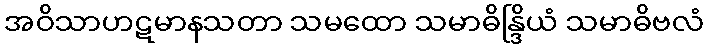
အဝိသာဟဋမာနသတာ သမထော သမာဓိန္ဒြိယံ သမာဓိဗလံ